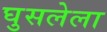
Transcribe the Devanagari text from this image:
घुसलेला